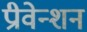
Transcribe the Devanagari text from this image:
प्रीवेन्शन